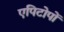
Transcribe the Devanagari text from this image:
एपिटोपों